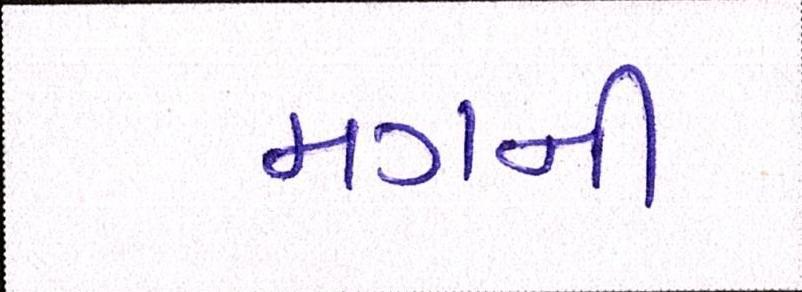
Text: મગની